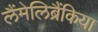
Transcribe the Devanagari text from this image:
लैंमेलिब्रैंकिया